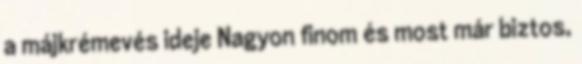
a májkrémevés ideje Nagyon finom és most már biztos,